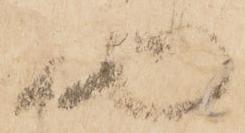
助